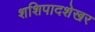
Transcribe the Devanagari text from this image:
शशिपादशेखर